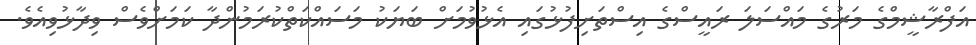
އަފްރާޝީމްގެ މަރުގެ މައްސަލަ ރައީސްގެ އިސްތަށިފުޅުގައި އެޅުވުމަށް ބަޔަކު މަސައްކަތްކުރަމުންދާ ކަމަށްވެސް ވިދާޅުވިއެވެ.